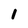
Character: I